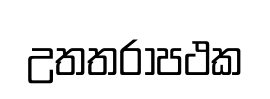
උතතරාපථක